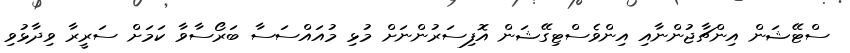
ސްޓޭޝަން އިންޗާޖުންނާއި އިންވެސްޓިގޭޝަން އޮފިސަރުންނަށް މުޅި މުއައްސަސާ ބަރޯސާވާ ކަމަށް ސަރީރާ ވިދާޅުވި